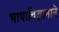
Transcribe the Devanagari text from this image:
भाषाविज्ञानाने